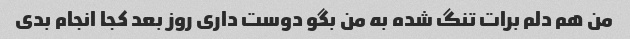
من هم دلم برات تنگ شده به من بگو دوست داری روز بعد کجا انجام بدی